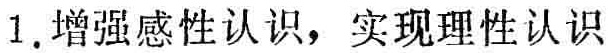
1. 增强感性认识，实现理性认识